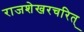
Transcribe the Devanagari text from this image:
राजशेखरचरित्